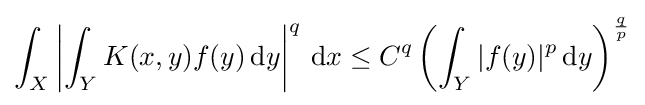
\int _{X}\left|\int _{Y}K(x,y)f(y)\,\mathrm {d} y\right|^{q}\,\mathrm {d} x\leq C^{q}\left(\int _{Y}|f(y)|^{p}\,\mathrm {d} y\right)^{\frac {q}{p}}